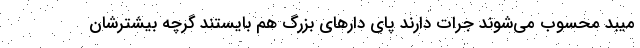
میبد محسوب می‌شوند جرات دارند پای دارهای بزرگ هم بایستند گرچه بیشترشان